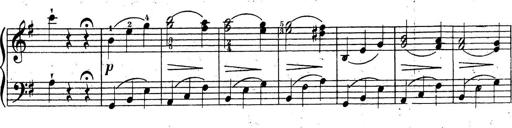
Title: 10 Sonatinas
Composer: Fritz Spindler